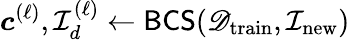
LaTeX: {\boldsymbol{c}}^{(\ell)},{\mathcal{I}}_{d}^{(\ell)}\gets\textsf{BCS}(\mathscr{D}_{\textrm{train}},{\mathcal{I}}_{\mathrm{new}})